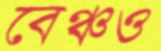
বেঞ্চও